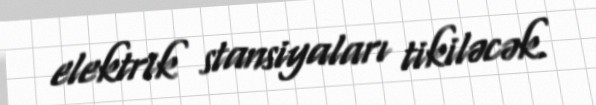
elektrik stansiyaları tikiləcək.